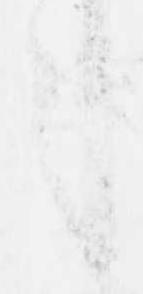
之